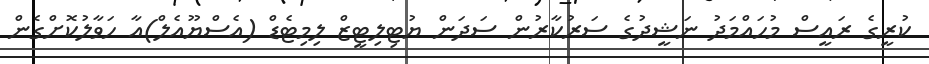
ކުރީގެ ރައީސް މުހައްމަދު ނަޝީދުގެ ސަރުކާރުން ސަދަން ޔުޓިލިޓީޒް ލިމިޓެޑް (އެސްޔޫއެލް)އާ ހަވާލުކޮށްގެން